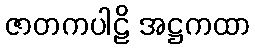
ဇာတကပါဠိ အဋ္ဌကထာ